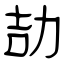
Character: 劼